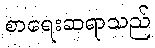
စာရေးဆရာသည်